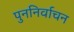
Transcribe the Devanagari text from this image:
पुननिर्वाचन